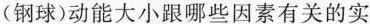
(钢球)动能大小跟哪些因素有关的实